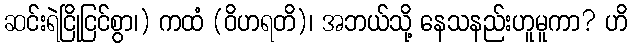
ဆင်းရဲငြိုငြင်စွာ၊) ကထံ (ဝိဟရတိ)၊ အဘယ်သို့ နေသနည်းဟူမူကာ? ဟိ